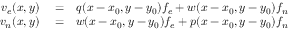
\begin{array} { r l r } { v _ { e } ( x , y ) } & { { } = } & { q ( x - x _ { 0 } , y - y _ { 0 } ) f _ { e } + w ( x - x _ { 0 } , y - y _ { 0 } ) f _ { n } } \\ { v _ { n } ( x , y ) } & { { } = } & { w ( x - x _ { 0 } , y - y _ { 0 } ) f _ { e } + p ( x - x _ { 0 } , y - y _ { 0 } ) f _ { n } } \end{array}